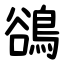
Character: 鵒